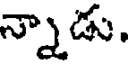
న్నాడు.